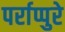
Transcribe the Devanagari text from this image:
पर्राप्पुरे